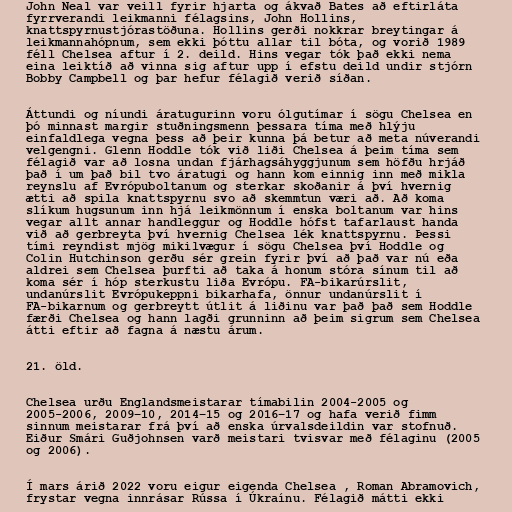
John Neal var veill fyrir hjarta og ákvað Bates að eftirláta
fyrrverandi leikmanni félagsins, John Hollins,
knattspyrnustjórastöðuna. Hollins gerði nokkrar breytingar á
leikmannahópnum, sem ekki þóttu allar til bóta, og vorið 1989
féll Chelsea aftur í 2. deild. Hins vegar tók það ekki nema
eina leiktíð að vinna sig aftur upp í efstu deild undir stjórn
Bobby Campbell og þar hefur félagið verið síðan.

Áttundi og níundi áratugurinn voru ólgutímar í sögu Chelsea en
þó minnast margir stuðningsmenn þessara tíma með hlýju
einfaldlega vegna þess að þeir kunna þá betur að meta núverandi
velgengni. Glenn Hoddle tók við liði Chelsea á þeim tíma sem
félagið var að losna undan fjárhagsáhyggjunum sem höfðu hrjáð
það í um það bil tvo áratugi og hann kom einnig inn með mikla
reynslu af Evrópuboltanum og sterkar skoðanir á því hvernig
ætti að spila knattspyrnu svo að skemmtun væri að. Að koma
slíkum hugsunum inn hjá leikmönnum í enska boltanum var hins
vegar allt annar handleggur og Hoddle hófst tafarlaust handa
við að gerbreyta því hvernig Chelsea lék knattspyrnu. Þessi
tími reyndist mjög mikilvægur í sögu Chelsea því Hoddle og
Colin Hutchinson gerðu sér grein fyrir því að það var nú eða
aldrei sem Chelsea þurfti að taka á honum stóra sínum til að
koma sér í hóp sterkustu liða Evrópu. FA-bikarúrslit,
undanúrslit Evrópukeppni bikarhafa, önnur undanúrslit í
FA-bikarnum og gerbreytt útlit á liðinu var það það sem Hoddle
færði Chelsea og hann lagði grunninn að þeim sigrum sem Chelsea
átti eftir að fagna á næstu árum.

21. öld.

Chelsea urðu Englandsmeistarar tímabilin 2004-2005 og
2005-2006, 2009–10, 2014–15 og 2016–17 og hafa verið fimm
sinnum meistarar frá því að enska úrvalsdeildin var stofnuð.
Eiður Smári Guðjohnsen varð meistari tvisvar með félaginu (2005
og 2006).

Í mars árið 2022 voru eigur eigenda Chelsea , Roman Abramovich,
frystar vegna innrásar Rússa í Úkraínu. Félagið mátti ekki